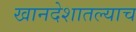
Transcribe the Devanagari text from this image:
खानदेशातल्याच